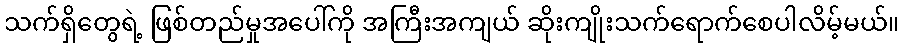
သက်ရှိတွေရဲ့ ဖြစ်တည်မှုအပေါ်ကို အကြီးအကျယ် ဆိုးကျိုးသက်ရောက်စေပါလိမ့်မယ်။